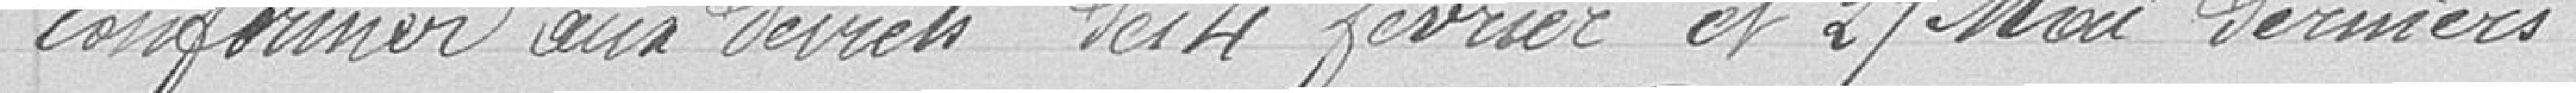
conformer aux décrets du 4 février et 2 mai derniers.